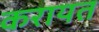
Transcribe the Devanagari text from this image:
करायत